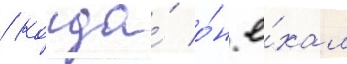
/ когда́ о́н е́хал